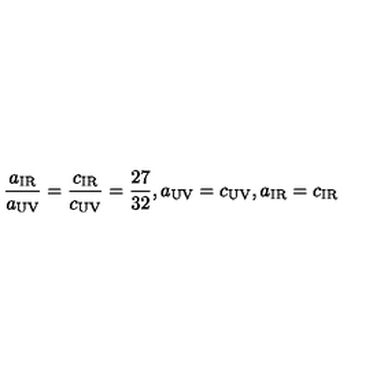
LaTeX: \frac { a _ { \mathrm { I R } } } { a _ { \mathrm { U V } } } = \frac { c _ { \mathrm { I R } } } { c _ { \mathrm { U V } } } = \frac { 2 7 } { 3 2 } , a _ { \mathrm { U V } } = c _ { \mathrm { U V } } , a _ { \mathrm { I R } } = c _ { \mathrm { I R } }